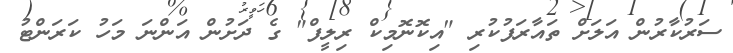
ސަރުކާރުން އަލަށް ތައާރަފުކުރި "އިކޮނޮމިކް ރިލީފް" ގެ ދަށުން އަންނަ މަހު ކަރަންޓު